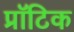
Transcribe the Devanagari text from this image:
प्रॉटिक